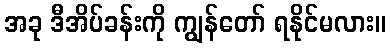
အခု ဒီအိပ်ခန်းကို ကျွန်တော် ရနိုင်မလား။